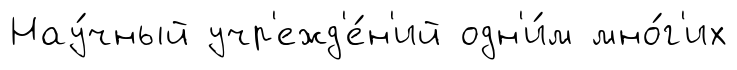
Нау́чный учр'ежд'е́н'ий одн'и́м мно́г'их